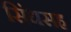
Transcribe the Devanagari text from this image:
सिंधसह